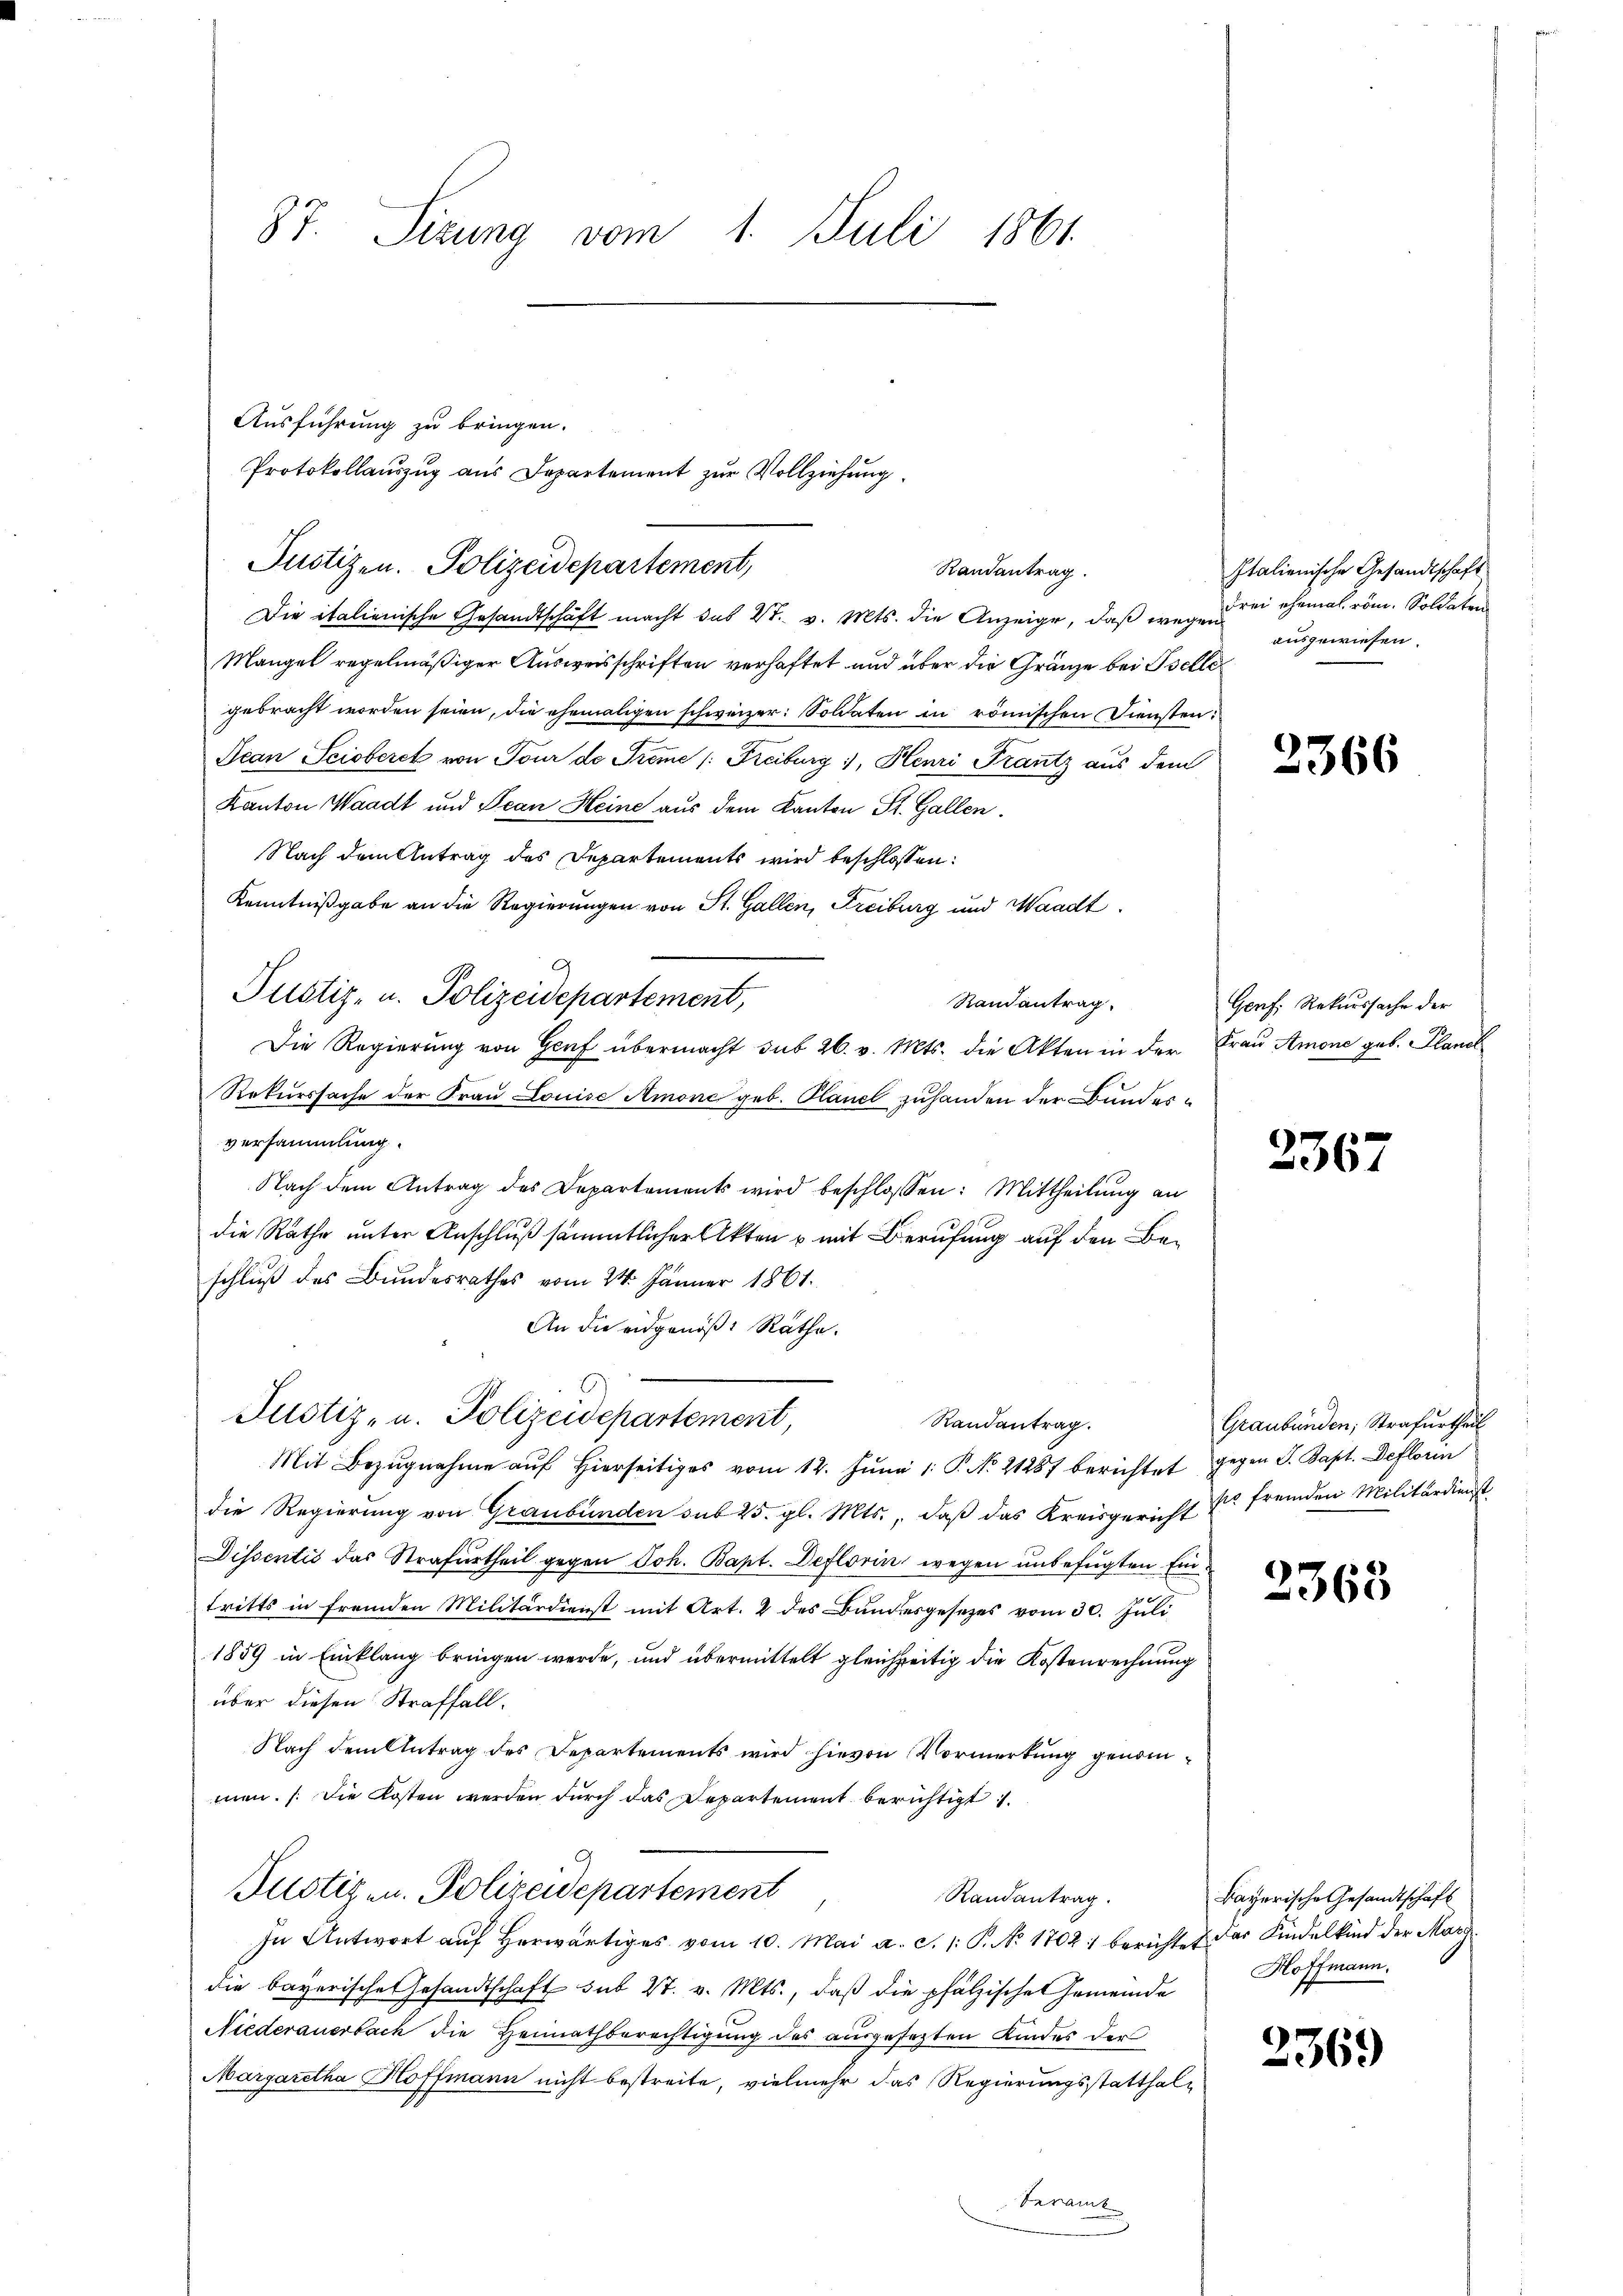
87. Sizung vom 1. Juli 1861

Die italienische Gesandtschäft macht das Vt. v. Mts. die Anzeige, daß wege der ehemal röm. Soldaten
Mangel regelmäßiger Ausweisschriften verhaftet und über die Gränze bei Belle
gebracht worden seien, die ehemaligen schweizer: Soldaten in römischen Diensten.
Jean Seisberet von Tour de Treme /: Freiburg, Henri Frantz aus dem
Kanton Waadt und Jean Heine aus dem Kanton St. Gallen.
Nach dem Antrag des Departements wird beschlossen:
Kenntnißgabe an die Regierungen von St. Gallen, Freiburg und Waadt.
Justiz- u. Polizeidepartement,
Randantrag.
Die Regierŭng von Genf übermacht sub 26. v. Mts. die Akten in der Frau Amone geb. Planel
Rekurssache der Frau Louise Amone geb. Planel zuhanden der Bundesversammlung.
Nach dem Antrag des Departements wird beschlossen: Mittheilŭng an
die Rathe unter Anschluß sämmtlicher Akten u mit Berufung auf den Beschluß des Bundesrathes vom 24. Jänner 1861.
An die eidgenöß: Räthe.

Ausführung zu bringen.
Protokollauszug aus Departement zur Vollziehung
Justizen. Polizeidepartement,
Randantrag.

Justiz- u. Polizeidepartement,
Randantrag.

Mit Bezŭgnahme aŭf hierseitiges vom 12. Jŭni 1. P. No 21287 berichtet gegen S. Papt. Deflorin
die Regierung von Graubünden sub 25. gl. Mts., daß das Kreisgericht so fremden Militärdienst
Dissentis das Strafurtheil gegen Joh. Bapt. Deflorin wegen unbefugten Eintritts in fremden Militärdienst mit Art. 4 des Bundesgesetzes vom 30. Juli
1859 in Einklang bringen werde, und übermittelt gleichzeitig die Kostenrechnung
über diesen Straffall.
Nach dem Antrag des Departements wird hievon Vormerkung genommen. (Die Kosten werden durch das Departement berichtigt.
Fustizen. Polizeidepartement
Randantrag.
In Antwort aŭf herwärtiges vom 10. Mai a. c. 1: P. No. 1702. berichtet das Kindelkind der Marg
die bayerische Gesandtschaft sub 27. v. Mts., daß die pfälzischen Gemeinde
Niederauerbach die Heimathberechtigung des ausgesetzten Kindes der
Margaretha Hoffmann nicht bestreite, vielmehr das Regierungsstatthalberamt

Italienische Gesandtschaft
ausgewiesen.

2366

Genf, Rekurssache der

2367

Graubünden; Strafurtheil

2363

Bayerische Gesandtschaft
Hoffmann.

2369